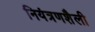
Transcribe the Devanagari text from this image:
नियंत्रणशैली